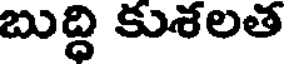
బుద్ది కుశలత